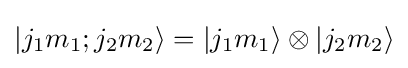
|j_{1}m_{1};j_{2}m_{2}\rangle =|j_{1}m_{1}\rangle \otimes |j_{2}m_{2}\rangle